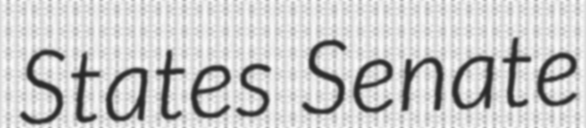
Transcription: States Senate